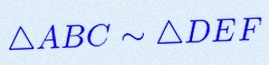
\triangle ABC\sim\triangle DEF